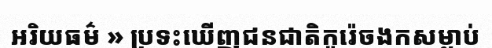
អរិយធម៌ » ប្រទះឃើញជនជាតិកូរ៉េចងកសម្លាប់